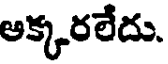
అక్కరలేదు.